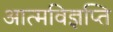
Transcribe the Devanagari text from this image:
आत्मविज्ञप्ति